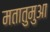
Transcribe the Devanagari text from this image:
मतातुमुआ